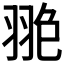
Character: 𦐙